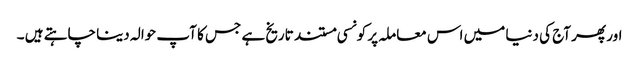
اور پھر آج کی دنیا میں اس معاملہ پر کونسی مستند تاریخ ہے جس کا آپ حوالہ دینا چاہتے ہیں ۔